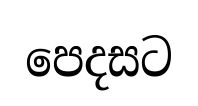
පෙදසට